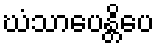
ဃံသာပေန္တိပေ